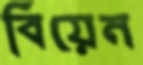
বিয়েন